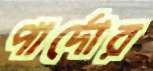
পার্দোর